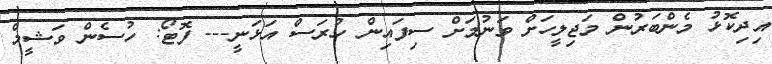
އިދިކޮޅު މެންބަރުން މަޖިލީހަށް ވަނުމަށް ސިފައިން ހުރަސް އަޅަނީ--- ފޮޓޯ: ހުސެން ވަޝީމް